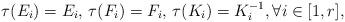
LaTeX: \begin{align*}\tau(E_i) = E_i,\,\tau(F_i) = F_i, \, \tau(K_i) = K_i^{-1}, \forall i \in [1,r],\end{align*}